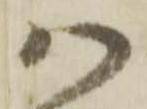
ワ